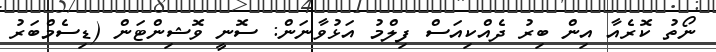
ނޯތު ކޮރެއާ އިން ބިރު ދެއްކިއަސް ފިލްމު އަޅުވާނަން: ސޮނީ ވޮޝިންޓަން (ޑިސެމްބަރު